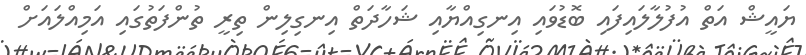
ޔައީޝް އަތް އުފުލާލައިފައި ބޮޑުވައި އިނގިއްޔާއި ޝަހާދަތް އިނގިލިން ތިރީ ތުންފަތުގައި އަމިއްލައަށް